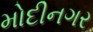
મોદીનગર